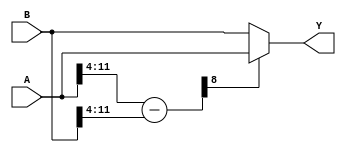
module Comparator_B(
	input [11:0] A, B, 
	output reg [11:0] Y
);
	wire [8:0] temp;
	assign temp = {1'b0, A[11:4]} - {1'b0, B[11:4]};
	
	always @(*) begin
		if (temp[8] == 1'b1)
			Y = A;
		else
			Y = B;
	end

endmodule